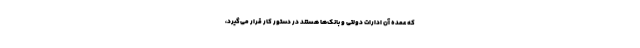
که عمده آن ادارات دولتی و بانک‌ها هستند در دستور کار قرار می‌گیرد،